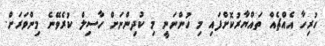
ހުރިހާ އެއްޗެއް ތައްޔާރުކޮށްފައި މި ހުންނަނީ މި ކުދިންނަށް ހާސިލް ކުރެވޭނެ މިންވަރަށް.